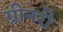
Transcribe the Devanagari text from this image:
ग्रीनरी